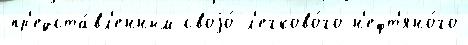
пр'едста́вл'енным своjо́ л'егково́го н'ефт'яно́го